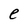
Character: e